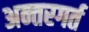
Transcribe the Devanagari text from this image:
अन्तरगर्त